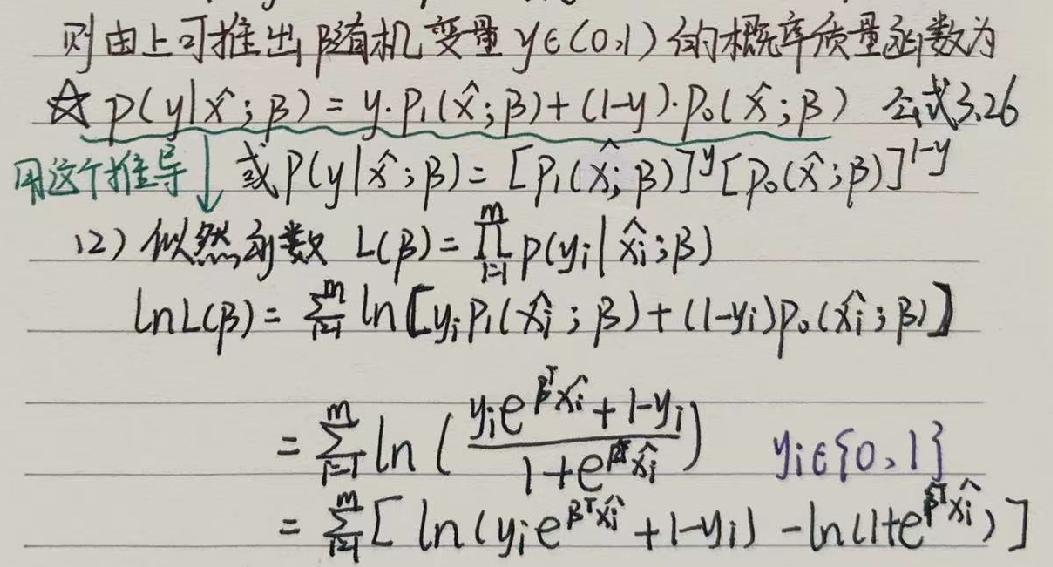
则由上可推出随机变量 \(y\in(0,1)\) 的概率质量函数为
\[p(y|\hat{x};\beta)=y\cdot p_1(\hat{x};\beta)+(1 - y)\cdot p_0(\hat{x};\beta)\quad\text{公式3.26}\]
用这个推导，或 \(p(y|\hat{x};\beta)=[p_1(\hat{x};\beta)]^y[p_0(\hat{x};\beta)]^{1 - y}\)
(2) 似然函数 \(L(\beta)=\prod_{i = 1}^{m}p(y_i|\hat{x}_i;\beta)\)
\[\begin{align*}
\ln L(\beta)&=\sum_{i = 1}^{m}\ln[y_i p_1(\hat{x}_i;\beta)+(1 - y_i)p_0(\hat{x}_i;\beta)]\\
&=\sum_{i = 1}^{m}\ln\left(\frac{y_i e^{\beta^T\hat{x}_i}+1 - y_i}{1 + e^{\beta^T\hat{x}_i}}\right)\quad y_i\in\{0,1\}\\
&=\sum_{i = 1}^{m}[\ln(y_i e^{\beta^T\hat{x}_i}+1 - y_i)-\ln(1 + e^{\beta^T\hat{x}_i})]
\end{align*}\]